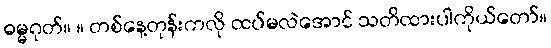
ဓမ္မဂုတ်။ ။ တစ်နေ့တုန်းကလို ထပ်မလဲအောင် သတိထားပါကိုယ်တော်။